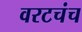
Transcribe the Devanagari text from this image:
वरटचंच